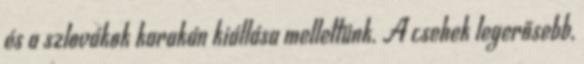
és a szlovákok karakán kiállása mellettünk. A csehek legerősebb,